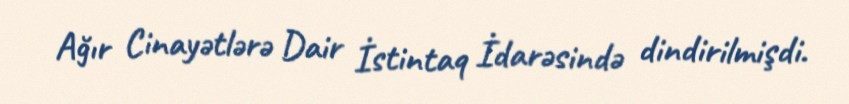
Ağır Cinayətlərə Dair İstintaq İdarəsində dindirilmişdi.